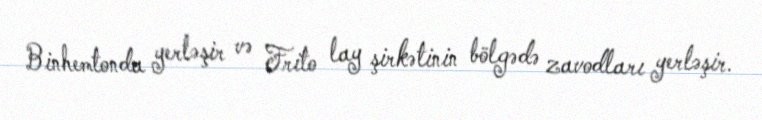
Binhemtonda yerləşir və Frito lay şirkətinin bölgədə zavodları yerləşir.